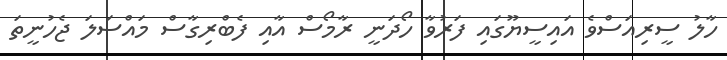
ހާލު ސީރިއަސްވެ އައިސީޔޫގައި ފަރުވާ ހޯދަނީ ރާމޯސް އާއި ފެބްރިގާސް މައްސަލަ ޖެހުނީތަ